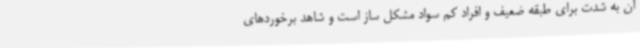
آن به شدت برای طبقه ضعیف و افراد کم سواد مشکل ساز است و شاهد برخوردهای